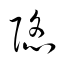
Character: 陥